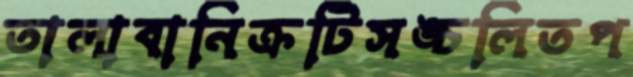
তালাবানিক্রটিসঙ্চলিতপ